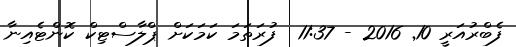
ފެބްރުއަރީ 10